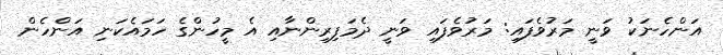
އަންހެނަކު ވަނީ މަރުވެފައި: މަރުވެފައި ވަނީ ދެމަފިރިންނާއި އެ މީހުންގެ ހަމައެކަނި އަންހެން